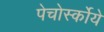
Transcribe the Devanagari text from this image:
पेचोर्स्कोये